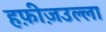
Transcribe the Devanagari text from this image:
हफ़ीज़उल्ला